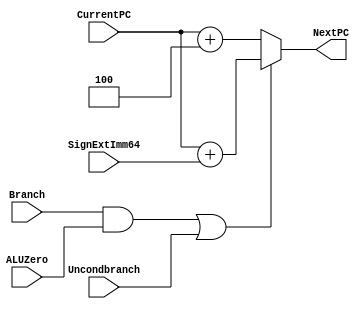
module NextPClogic(NextPC, CurrentPC, SignExtImm64, Branch, ALUZero, Uncondbranch); 
   input [63:0] CurrentPC, SignExtImm64; 
   input 	Branch, ALUZero, Uncondbranch; 
   output reg [63:0] NextPC; 

   /* write your code here */ 
	always@(*) begin
		if((Branch && ALUZero) | Uncondbranch) begin
			NextPC = CurrentPC + SignExtImm64;
		end
		else begin
			NextPC = CurrentPC + 4;
		end
	end

endmodule